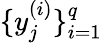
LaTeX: \{ y_{j}^{(i)}\} _{i=1}^{q}